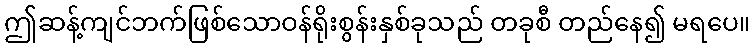
ဤဆန့်ကျင်ဘက်ဖြစ်သောဝန်ရိုးစွန်းနှစ်ခုသည် တခုစီ တည်နေ၍ မရပေ။